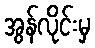
အွန်လိုင်းမှ